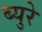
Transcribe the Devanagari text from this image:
ब्युरे